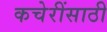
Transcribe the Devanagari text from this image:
कचेरींसाठी